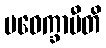
ပဝေက္ခာမီတိ